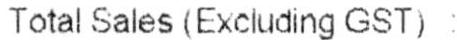
TOTAL SALES (EXCLUDING GST) :